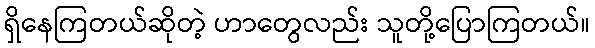
ရှိနေကြတယ်ဆိုတဲ့ ဟာတွေလည်း သူတို့ပြောကြတယ်။